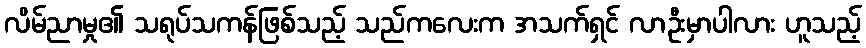
လိမ်ညာမှု၏ သရုပ်သကန်ဖြစ်သည့် သည်ကလေးက အသက်ရှင် လာဦးမှာပါလား ဟူသည့်